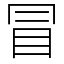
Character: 冒